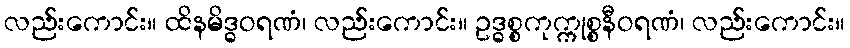
လည်းကောင်း။ ထိနမိဒ္ဓဝရဏံ၊ လည်းကောင်း။ ဥဒ္ဓစ္စကုက္ကုစ္စနီဝရဏံ၊ လည်းကောင်း။